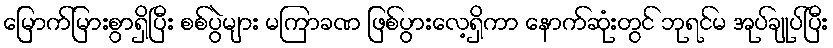
မြောက်မြားစွာရှိပြီး စစ်ပွဲများ မကြာခဏ ဖြစ်ပွားလေ့ရှိကာ နောက်ဆုံးတွင် ဘုရင်မ အုပ်ချုပ်ပြီး